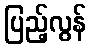
ပြည့်လွန်